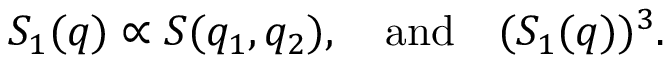
S _ { 1 } ( q ) \propto S ( q _ { 1 } , q _ { 2 } ) , \quad \mathrm { a n d } \quad ( S _ { 1 } ( q ) ) ^ { 3 } .